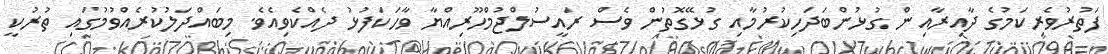
ފަތުރުވެރިކަމުގެ ދާއިރާއިން ގުޅުންބަދަހިކުރުމާއި ގުޅޭގޮތުން ވެސް ރައީސުލްޖުމްހޫރިއްޔާ ވާހަކަފުޅު ދެއްކެވިއެވެ. މިބައްދަލުކުރެއްވުމުގައި ތުރުކީ